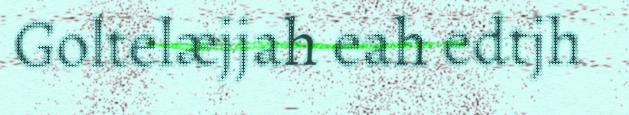
Goltelæjjah eah edtjh